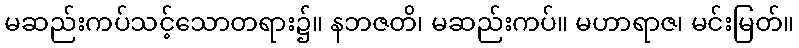
မဆည်းကပ်သင့်သောတရား၌။ နဘဇတိ၊ မဆည်းကပ်။ မဟာရာဇ၊ မင်းမြတ်။